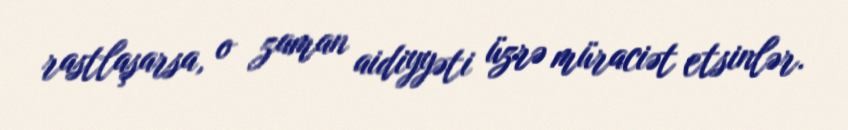
rastlaşarsa, o zaman aidiyyəti üzrə müraciət etsinlər.